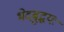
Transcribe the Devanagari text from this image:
भेदबुद्धयः